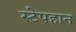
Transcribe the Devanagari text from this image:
स्टेपहान